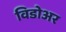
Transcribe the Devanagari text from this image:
विडोअर